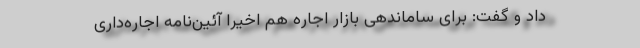
داد و گفت: برای ساماندهی بازار اجاره هم اخیرا آئین‌نامه اجاره‌داری